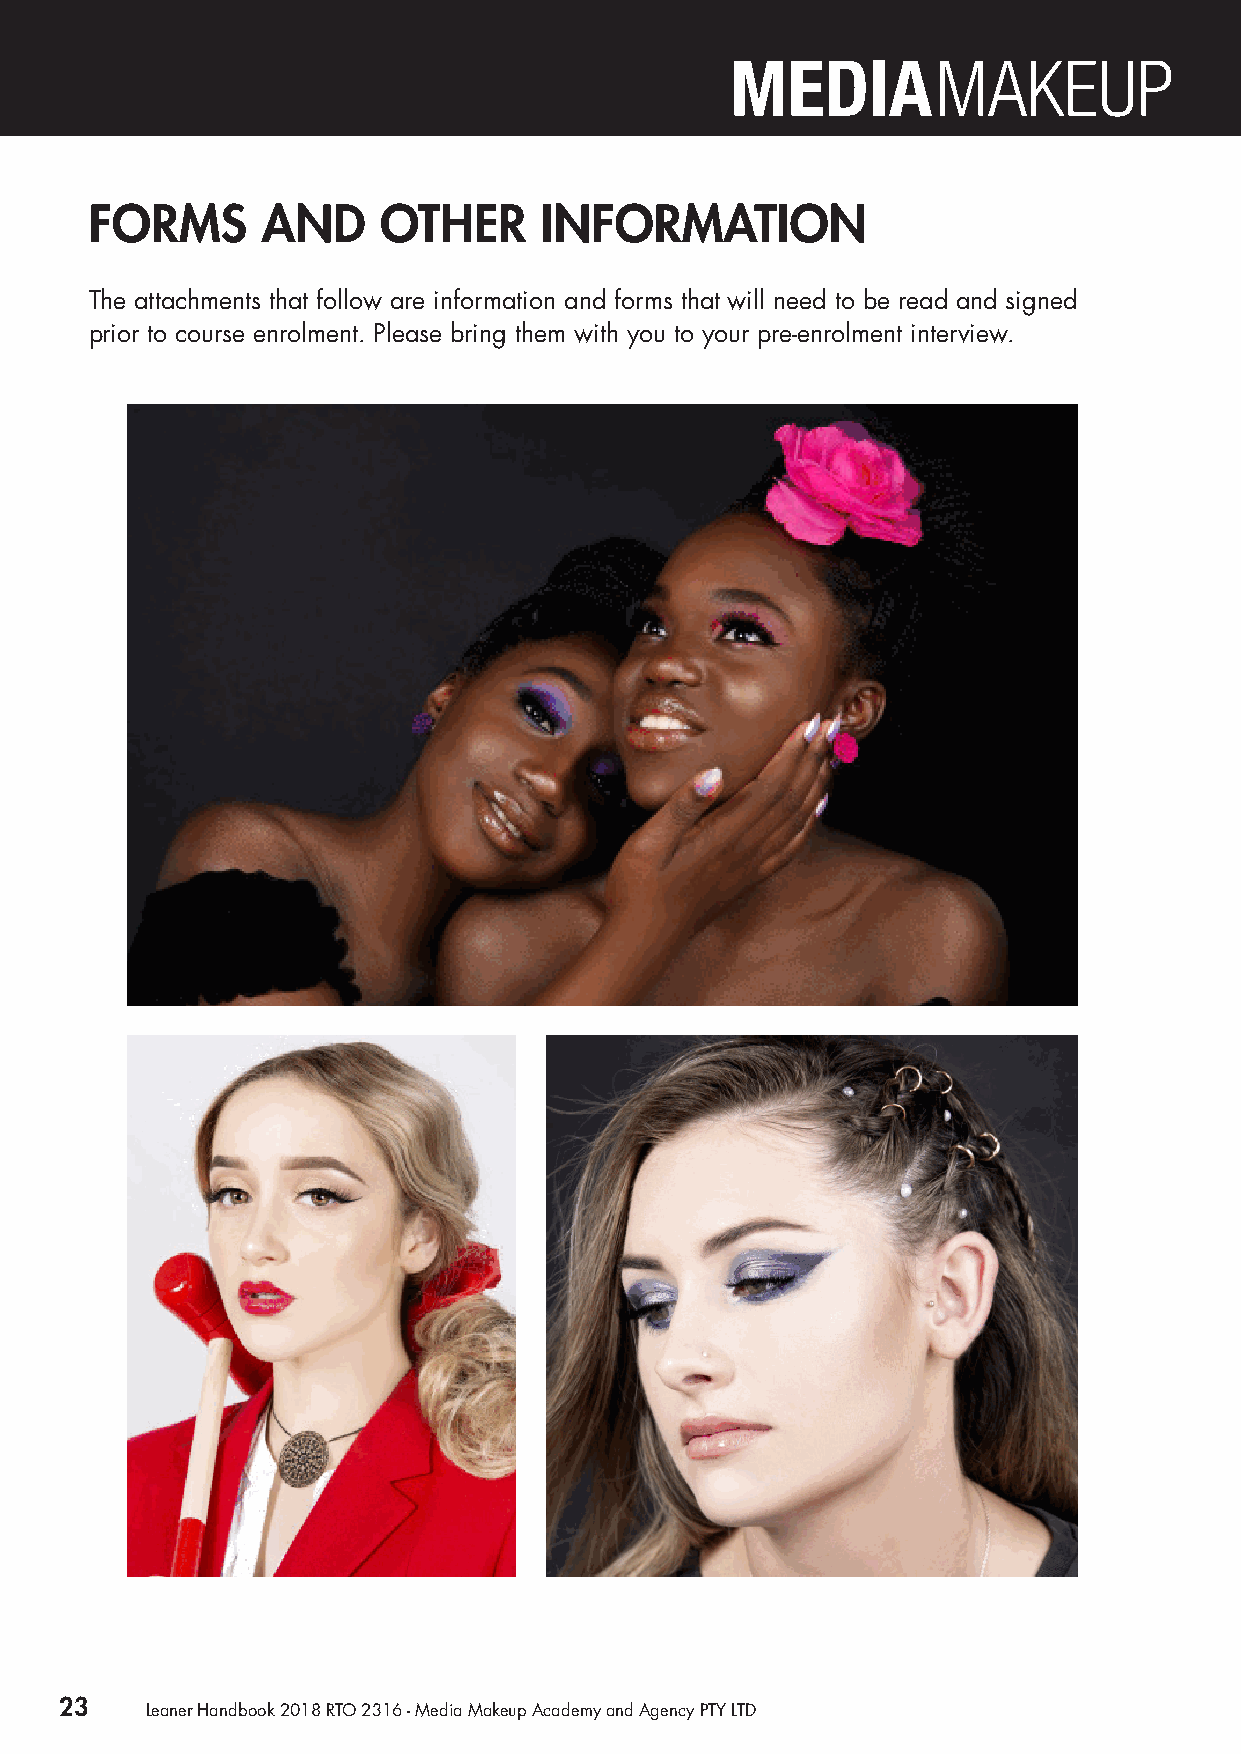
FORMS      AND     OTHER      INFORMATION
 The attachments that follow are information and forms that will need to be read and signed
 prior to course enrolment. Please bring them with you to your pre-enrolment interview.
 23    Leaner Handbook 2018 RTO 2316 - Media Makeup Academy and Agency PTY LTD